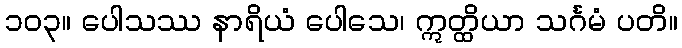
၁၀၃။ ပေါသဿ နာရိယံ ပေါသေ၊ ဣတ္ထိယာ သင်္ဂမံ ပတိ။